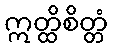
ဣတ္ထိစိတ္တံ